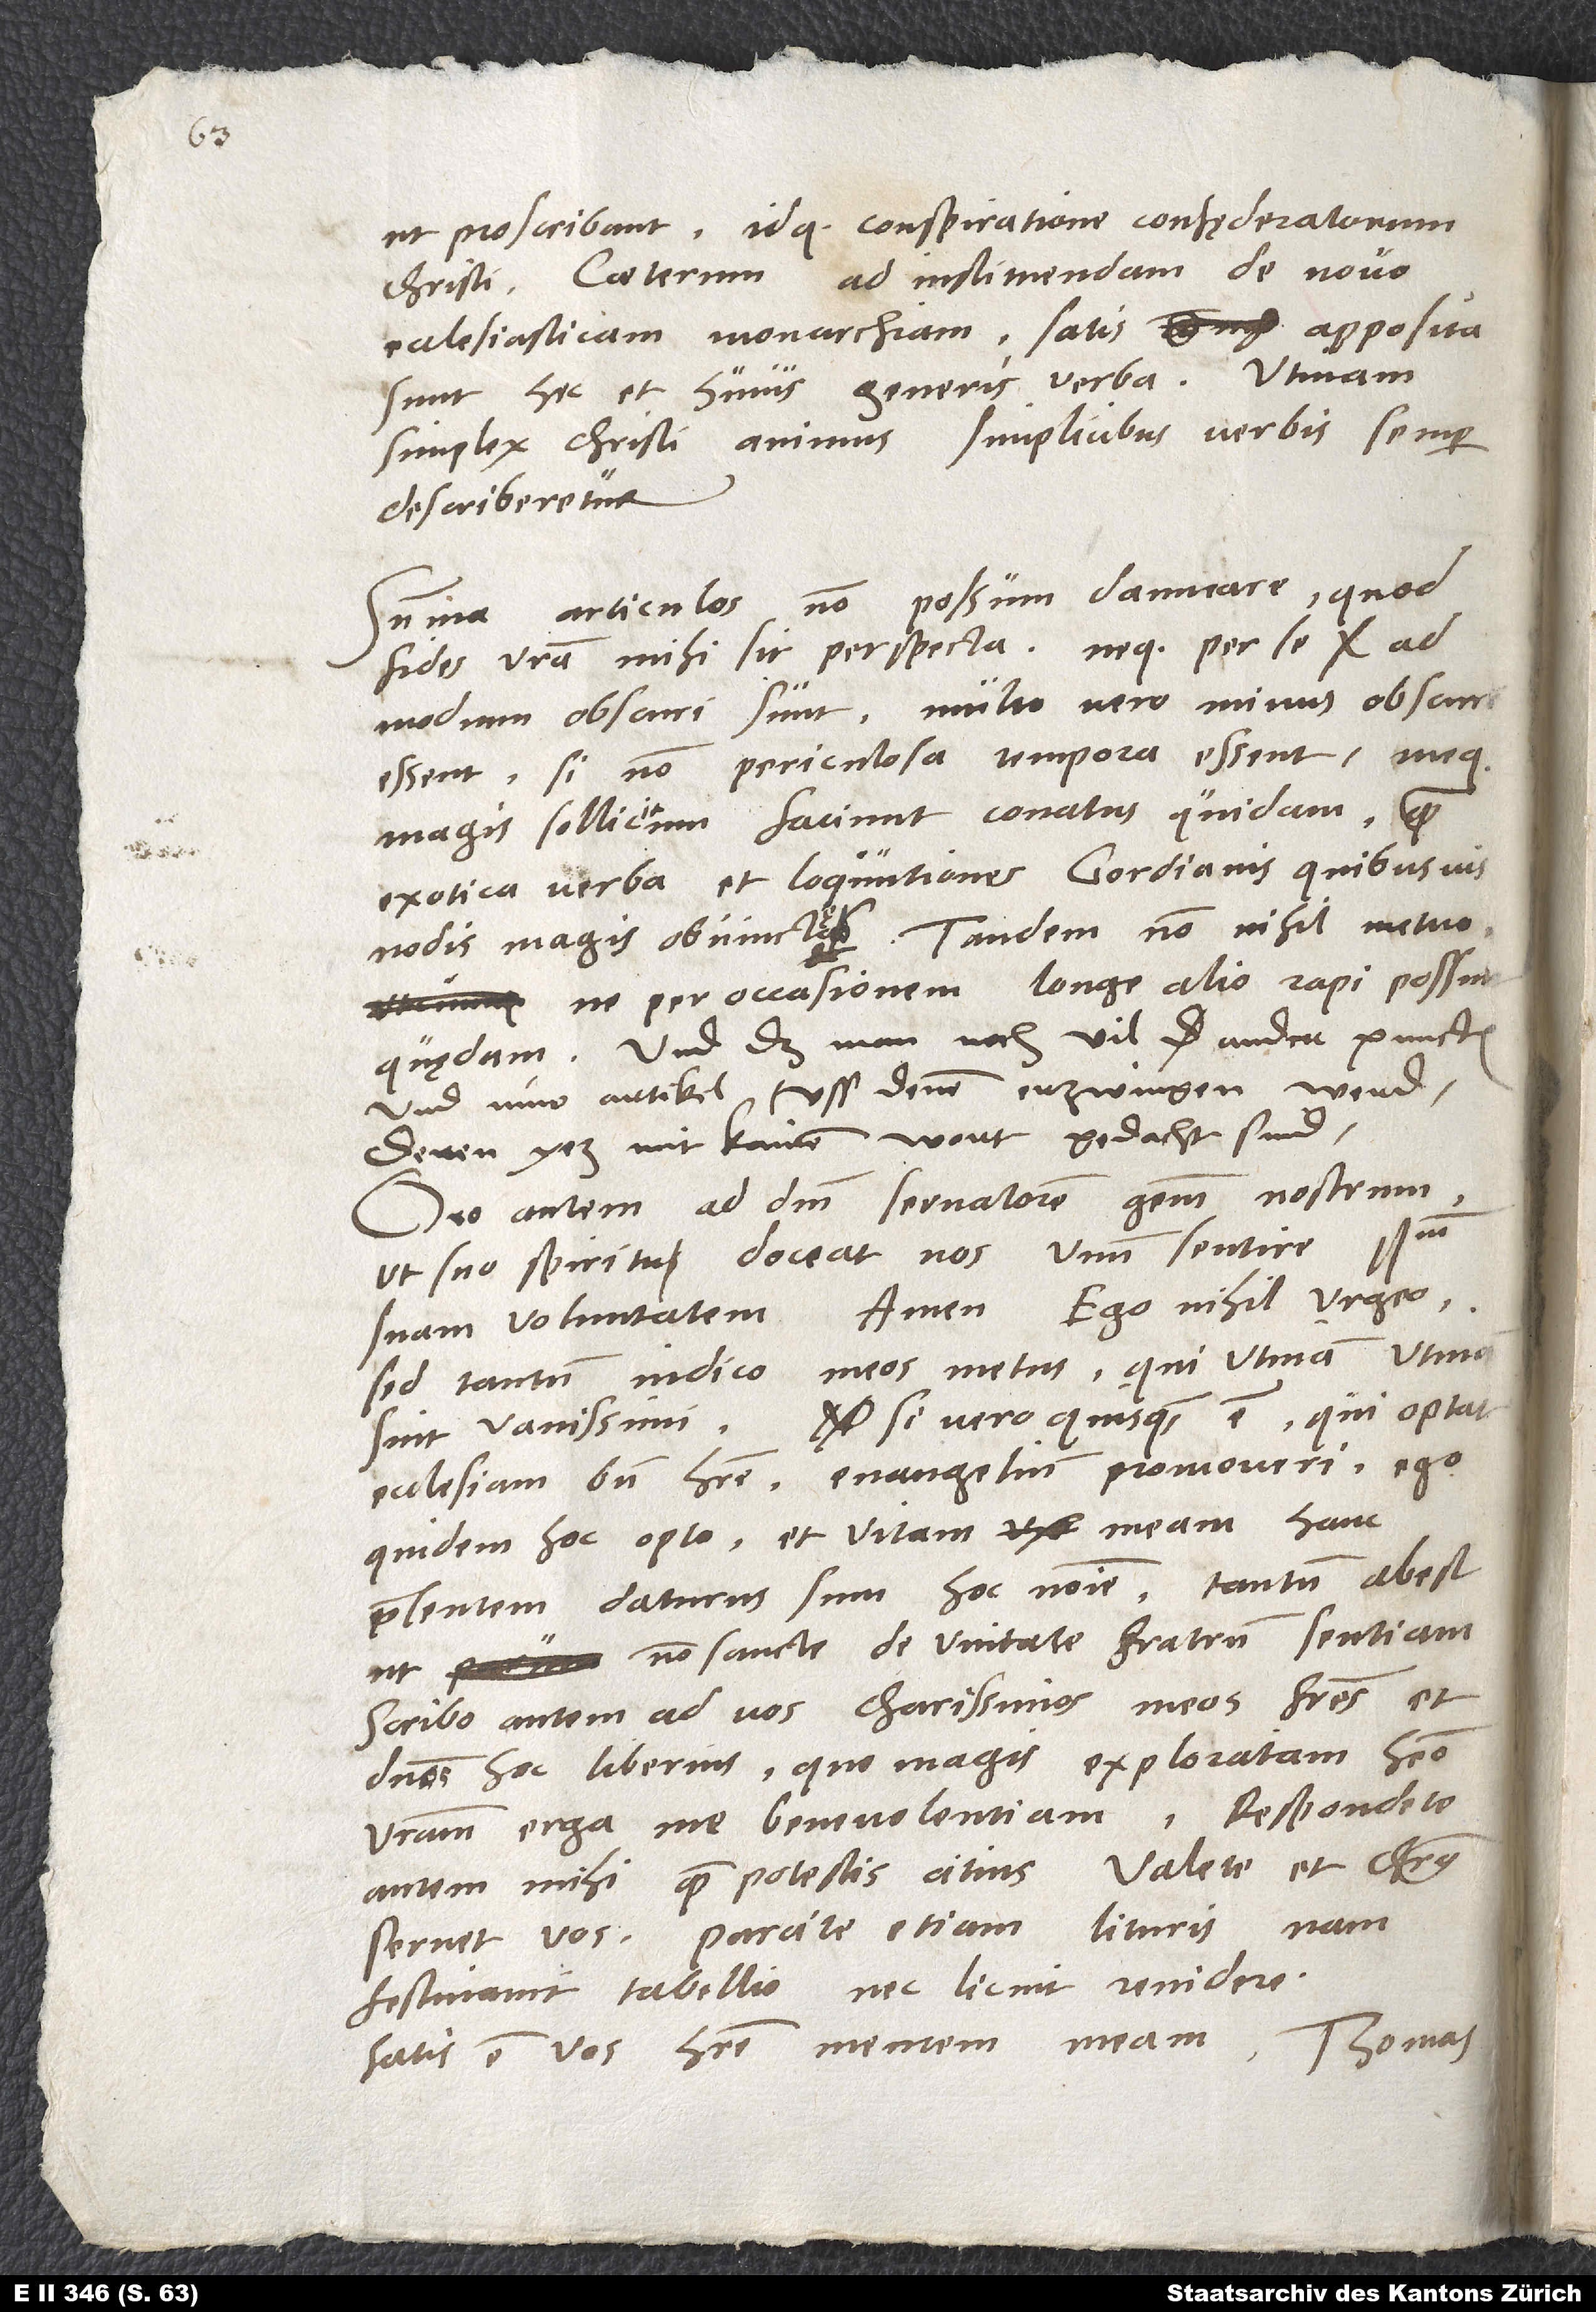
ut proscribant idque conspiratione confęderatorum
Christi. Caeterum ad instituendam de novo
ecclesiasticam monarchiam salis apposita
sunt hec et huius generis verba. Utinam
simplex Christi animus simplicibus verbis semper
describeretur!
Summa: Articulos non possum damnare, quod
fides vestra mihi sit perspecta, neque per se
admodum obscuri sunt. Multo vero minus obscuri
essent, si non periculosa tempora essent, meque
magis sollicitum faciunt conatus quidam quam
exotica verba et loquutiones Gordianis quibusvis
und dass man noch vil ander puncten
und nüw artikel uss denen erzwingen werd,
deren yez mit kainem wort gedacht sind.
suam voluntatem. Amen. Ego nihil urgeo,
sed tantum indico meos metus, qui utinam, utinam
sint vanissimi. Si vero quisquam est, qui optat
ecclesiam bene habere, evangelium promoveri, ego
quidem hoc opto et vitam meam hanc
praesentem daturus sum hoc nomine; tantum abest,
ut non sancte de unitate fratrum sentiam.
Scribo autem ad vos, charissimos meos fratres et
dominos, hoc liberius, quo magis exploratam habeo
vestram erga me benevolentiam. Respondete
autem mihi quam potestis citius. Valete, et Christus
servet vos. Parcite etiam lituris, nam
festinavit tabellio, nec licuit revidere.